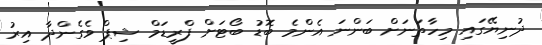
ދުނިޔޭގައި މިހާތަނަށް ބަންނަ އެންމެ ބޮޑު ބޯޓަށް ފްރީޑަމް ޝިޕް ވެގެންދާ އިރު